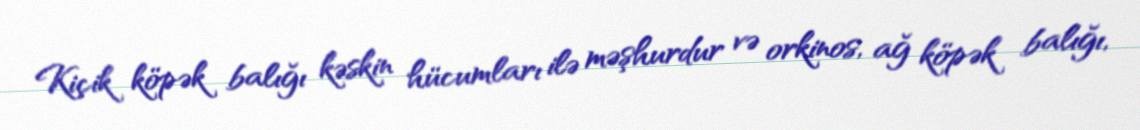
Kiçik köpək balığı kəskin hücumları ilə məşhurdur və orkinos, ağ köpək balığı,